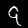
Digit: 9